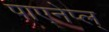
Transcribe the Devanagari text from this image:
पाएनेप्ल्